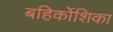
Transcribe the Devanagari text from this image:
बहिर्कोशिका